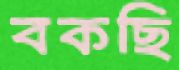
বকছি